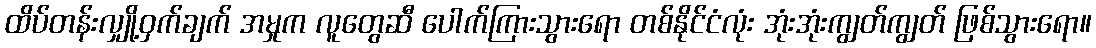
ထိပ်တန်းလျှို့ဝှက်ချက် အမှုက လူတွေဆီ ပေါက်ကြားသွားရော တစ်နိုင်ငံလုံး အုံးအုံးကျွတ်ကျွတ် ဖြစ်သွားရော။